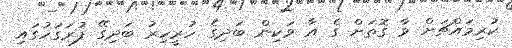
ކުރިމައްޗަށް ވާ ގޮތަށް ގެ އާ ވަކިން ބަދިގެ ހުރީހިރު ބަދިގޭ ފުރަގަހުގައި